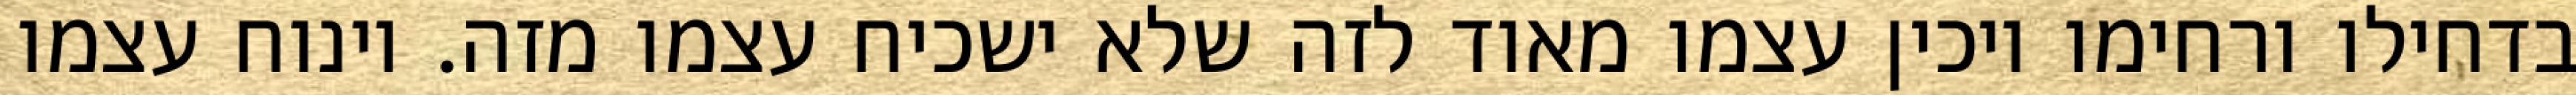
בדחילו ורחימו ויכין עצמו מאוד לזה שלא ישכיח עצמו מזה. וינוח עצמו